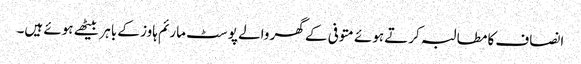
انصاف کا مطالبہ کرتے ہوئے متوفی کے گھر والے پوسٹ مارئم ہاوز کے باہر بیٹھے ہوئے ہیں۔